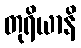
တုရိယာနိ